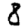
Digit: 8